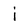
Character: i